DOW-UAP-D48, Department of the Air Force Report, 1996
Agency: Department of War
Incident date: 9/10/96
Page 91
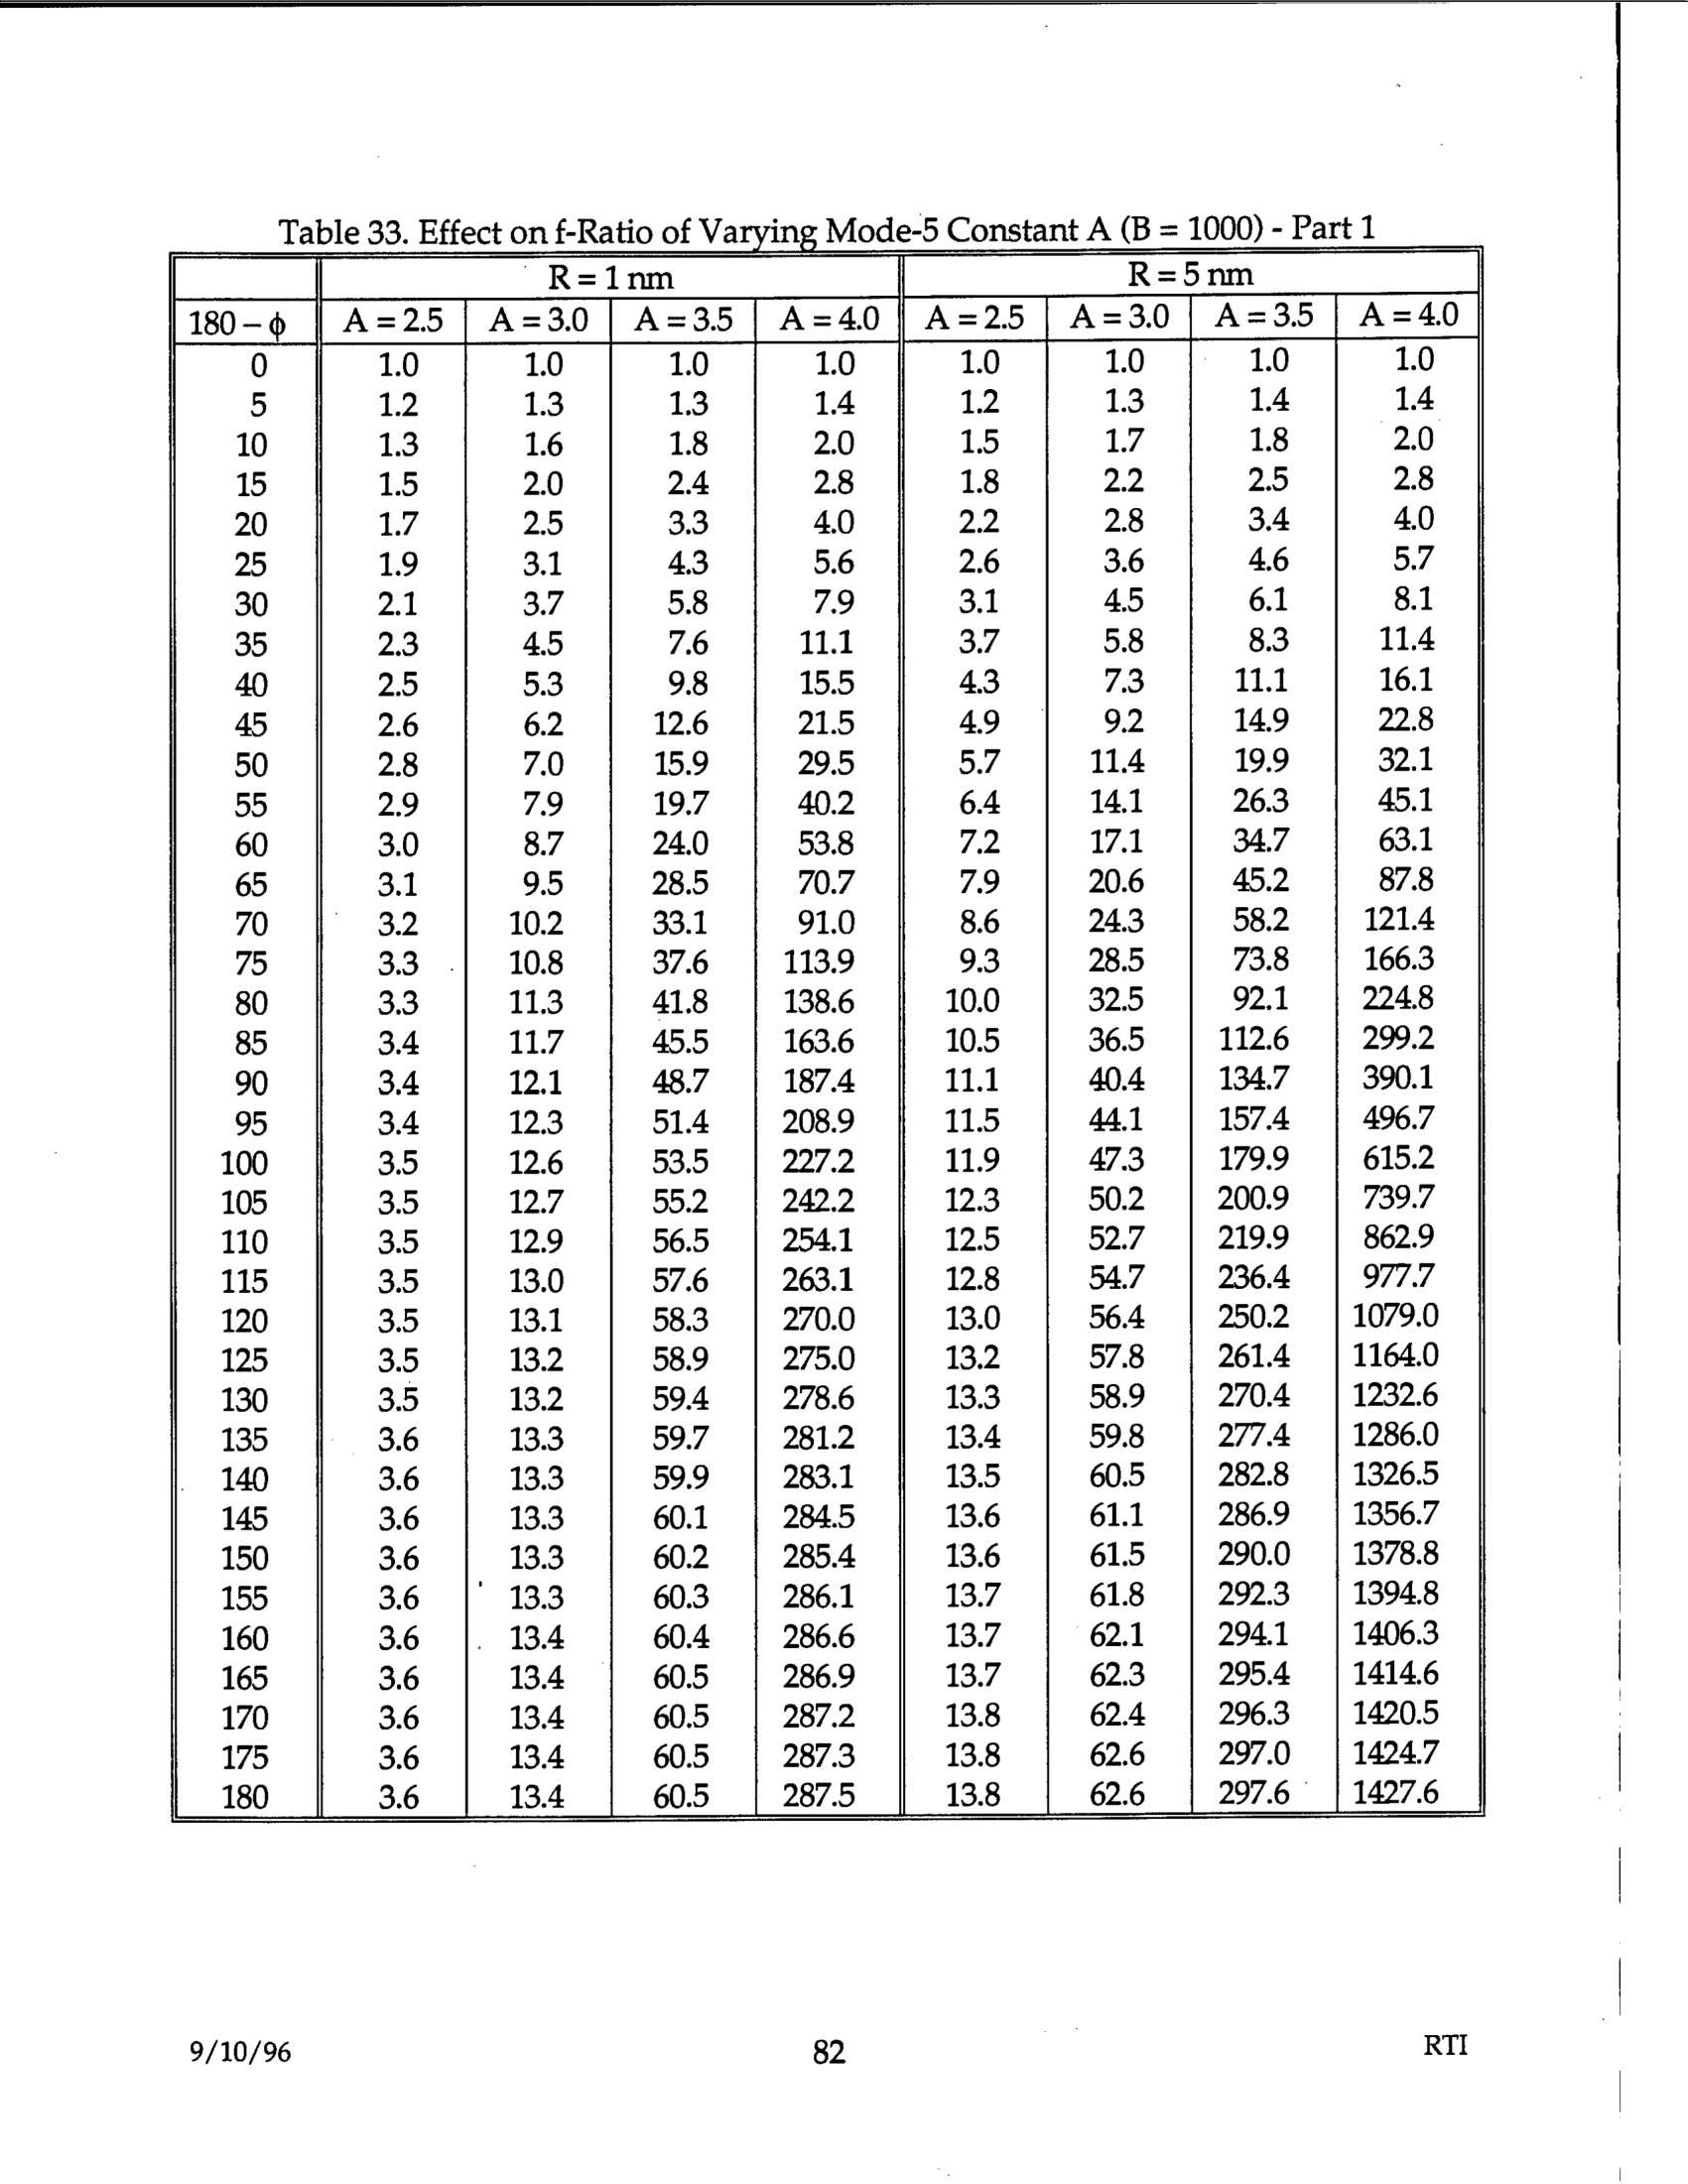